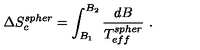
\Delta S _ { c } ^ { s p h e r } = \int _ { B _ { 1 } } ^ { B _ { 2 } } \frac { d B } { T _ { e f f } ^ { s p h e r } } \ .